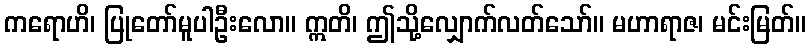
ကရောဟိ၊ ပြုတော်မူပါဦးလော။ ဣတိ၊ ဤသို့လျှောက်လတ်သော်။ မဟာရာဇ၊ မင်းမြတ်။